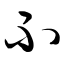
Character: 不